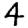
Digit: 4